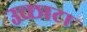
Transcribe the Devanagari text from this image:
उच्छाटा